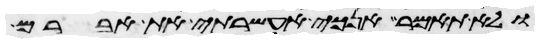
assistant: ולא תאמר אנכי אעשרתי את אברם